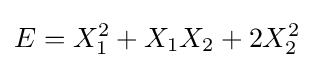
E=X_{1}^{2}+X_{1}X_{2}+2X_{2}^{2}